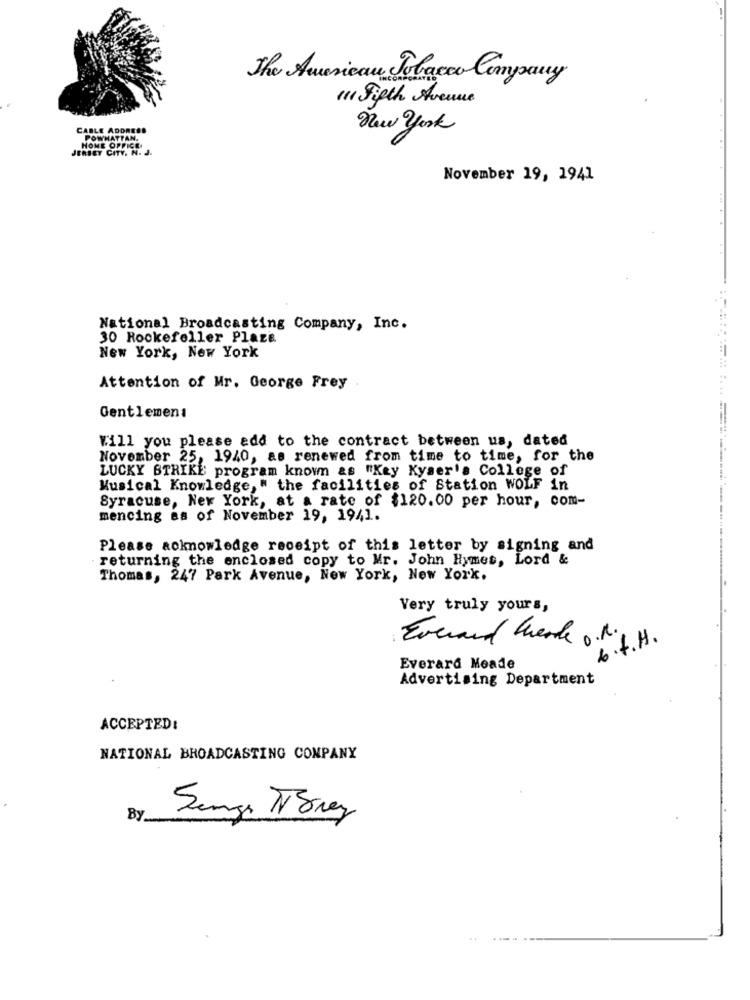
The American Tobacco Company
(11 Fifth Avenue
CABLE ADDRESS
New York
POWHATTAN.
JERSEY CITY. N. J.
HOME OFFICE
November 19, 1941
National Broadcasting Company, Inc.
30 Rockefeller Plaza
New York, New York
Attention of Mr. George Frey
Gentlemen:
Will you please add to the contract between us, dated
November 25, 1940, as renewed from time to time, for the
LUCKY STRIKE program known &s "Key Kyser's College of
Musical Knowledge, " the facilities of Station WOLF in
Syracuse, New York, at a rate of $120.00 per hour, com-
mencing es of November 19, 1941.
Please acknowledge receipt of this letter by signing and
returning the enclosed copy to Mr. John Hymes, Lord &
Thomas, 247 Park Avenue, New York, New York.
Very truly yours,
Everand Check 0.1.
6. f.H .
Everard Meade
Advertising Department
ACCEPTED:
NATIONAL BROADCASTING COMPANY
By
Senza TSrez